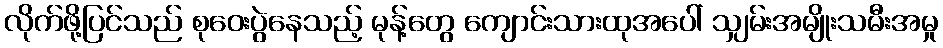
လိုက်ဖို့ပြင်သည် စုဝေးပွဲနေသည့် မုန့်တွေ ကျောင်းသားထုအပေါ် သျှမ်းအမျိုးသမီးအမှု